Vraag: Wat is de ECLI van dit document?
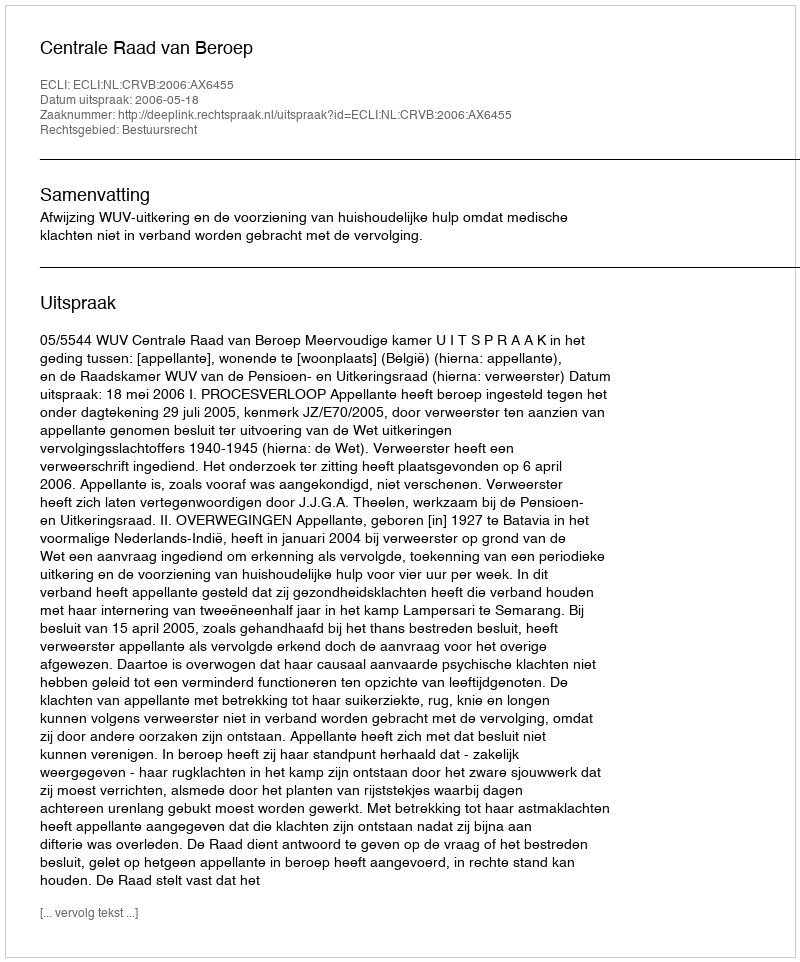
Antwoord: ECLI:NL:CRVB:2006:AX6455